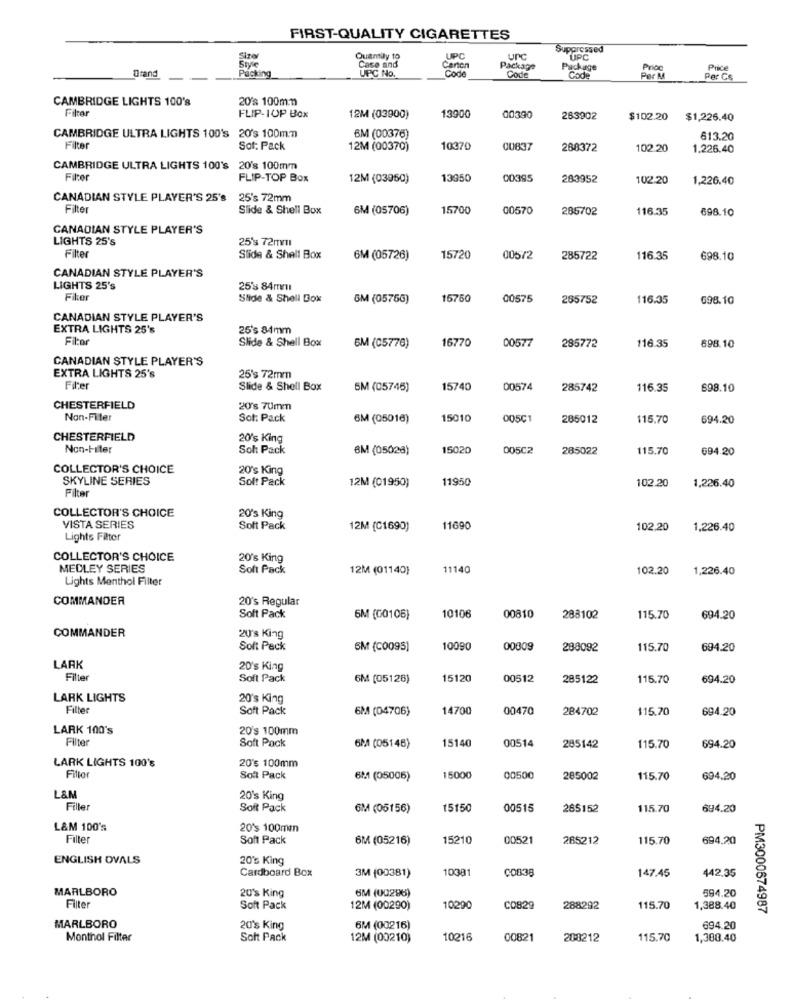
FIRST-QUALITY CIGARETTES
Suppressed
Quantily to
Case and
UPC
uPC
UPC
Packing
UFC No.
Carton
Code
Package
Package
Price
Drand
Code
Code
Per Cs
CAMBRIDGE LIGHTS 100's
20's 100mm
Firar
FLIP-1OP Box
12M (03900)
13900
00390
263902
$102.20
$1,226.40
CAMBRIDGE ULTRA LIGHTS 100's 20's 100mm
6M (00376)
613.20
Filter
Sot: Pack
12M (00370)
10370
00837
288372
102.20
1.226.40
CAMBRIDGE ULTRA LIGHTS 100's 20's 100mm
Filter
FLIP-TOP Box
12M (03950)
13950
00395
283952
102.20
1,226.40
CANADIAN STYLE PLAYER'S 25's 25's 72mm
Filter
Slide & Shell Box
6M (05706)
15700
00570
285702
116.35
698.10
CANADIAN STYLE PLAYER'S
LIGHTS 25's
25's 72mm
Filter
Slide & Shell Box
6M (05726)
15720
005/2
285722
116.35
698.10
CANADIAN STYLE PLAYER'S
LIGHTS 25's
25's 84mmı
Fike
Slide & Shell Box
GM (0575G)
15750
00575
265752
116.35
698.10
CANADIAN STYLE PLAYER'S
EXTRA LIGHTS 25's
25's 84mm
Filer
Slide & Shell Box
16770
00577
285772
116.35
6M (05776)
698.10
CANADIAN STYLE PLAYER'S
EXTRA LIGHTS 25's
25's 72mm
Fre
Slide & Shell Box
5M (05745)
15740
00574
285742
116.35
698.10
CHESTERFIELD
20's 70mm
Non-Filter
Sot: Pack
6M (05016)
15010
005Ç1
285012
115.70
694.20
CHESTERFIELD
20's King
Non-Filter
Soh Pack
6M (05028)
15020
00502
285022
115.70
694.20
COLLECTOR'S CHOICE
20's King
SKYLINE SERIES
Solt Pack
12M (01950)
11950
102.20
Filter
1,226.40
COLLECTOR'S CHOICE
20's King
VISTA SERIES
Soft Pack
12M (C1690)
11690
102.20
1,226.40
Lights Filter
COLLECTOR'S CHOICE
20's King
MEDLEY SERIES
Soft Pack
12M (01140}
11140
102.20
1,226.40
Lights Menthol Filter
COMMANDER
20's Regular
Soft Pack
6M {00106)
10106
00810
288102
115.70
694.20
COMMANDER
2U's King
Soft Pack
SM (C0095]
10090
00009
288092
115.70
694.20
LARK
20's King
Filter
Soft Pack
6M (05128)
15120
00512
285122
115.70
694.20
LARK LIGHTS
20's King
Filler
Soft Pack
6M (04706)
14700
00470
284702
115.70
694.20
LARK 100's
20's 100mm
Filter
Soft Pack
15140
00514
6M (05145)
285142
115.70
694.20
LARK LIGHTS 100's
20's 100mm
Fillor
Soft Pack
6M (05006)
15000
00500
285002
115.70
694.20
L&M
20's King
Filler
SoRt Pack
6M (05156)
15150
00515
285152
115.70
694.20
L&M 100's
20's 100mm
Filter
Soft Pack
6M (05216)
15210
00521
265212
115.70
694,20
ENGLISH OVALS
20's King
Cardboard Box
10381
COB38
147.45
442,35
3M (00381)
MARLBORO
20's King
6M (00296)
594.20
Filter
Soft Pack
12M (00290)
10290
CO829
288292
115.70
1,388.40
PM3000674987
MARLBORO
20's King
6M (00216)
694.20
Monthol Filter
Soft Pack
12M (00210)
10216
00821
208212
115.70
1,300.40